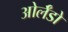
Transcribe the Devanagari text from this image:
ओर्लँडो